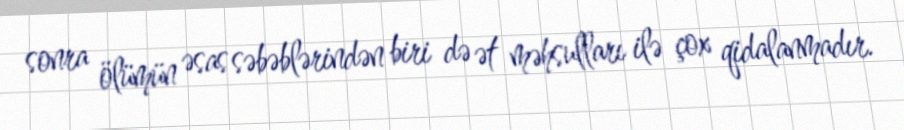
sonra ölümün əsas səbəblərindən biri də ət məhsulları ilə çox qidalanmadır.